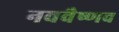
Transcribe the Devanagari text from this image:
नववैष्णव